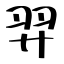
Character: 羿